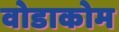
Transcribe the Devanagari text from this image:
वोडाकोम